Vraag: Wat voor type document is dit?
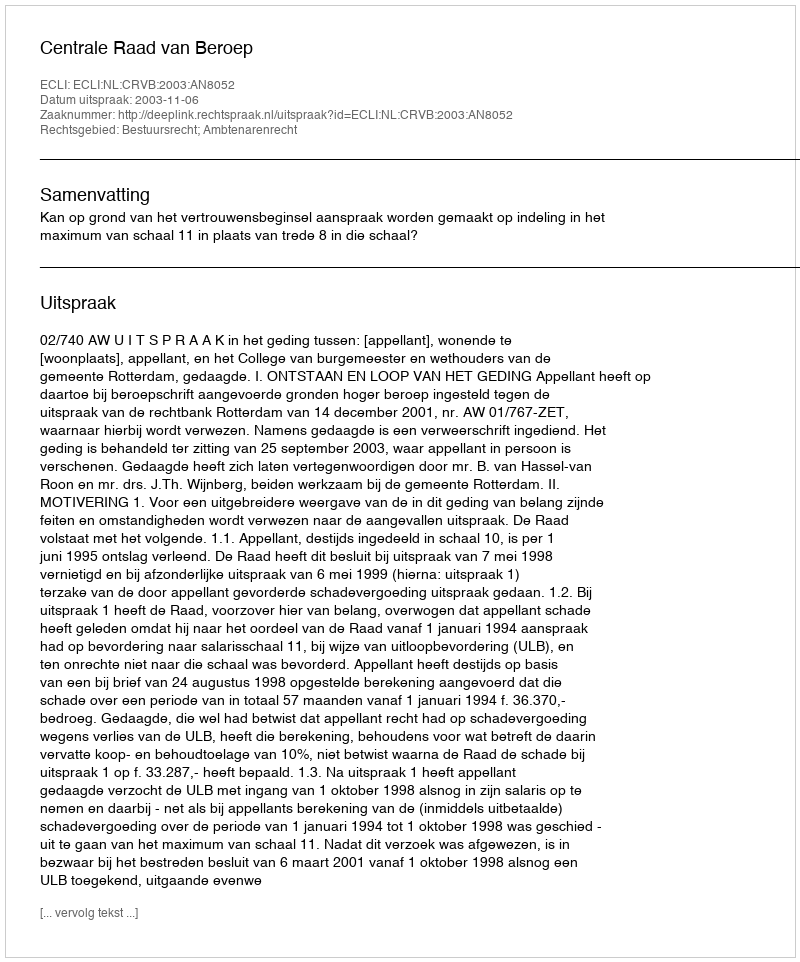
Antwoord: Uitspraak